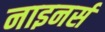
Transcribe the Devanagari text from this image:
नाइनर्स